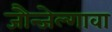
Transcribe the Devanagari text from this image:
जौन्जेल्गावा